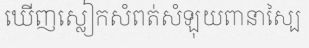
ឃើញស្លៀកសំពត់សំឡុយពានាស្បៃ